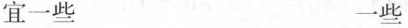
宜一些 一些